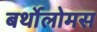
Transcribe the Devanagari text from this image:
बर्थोलोमस